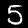
Label: 5